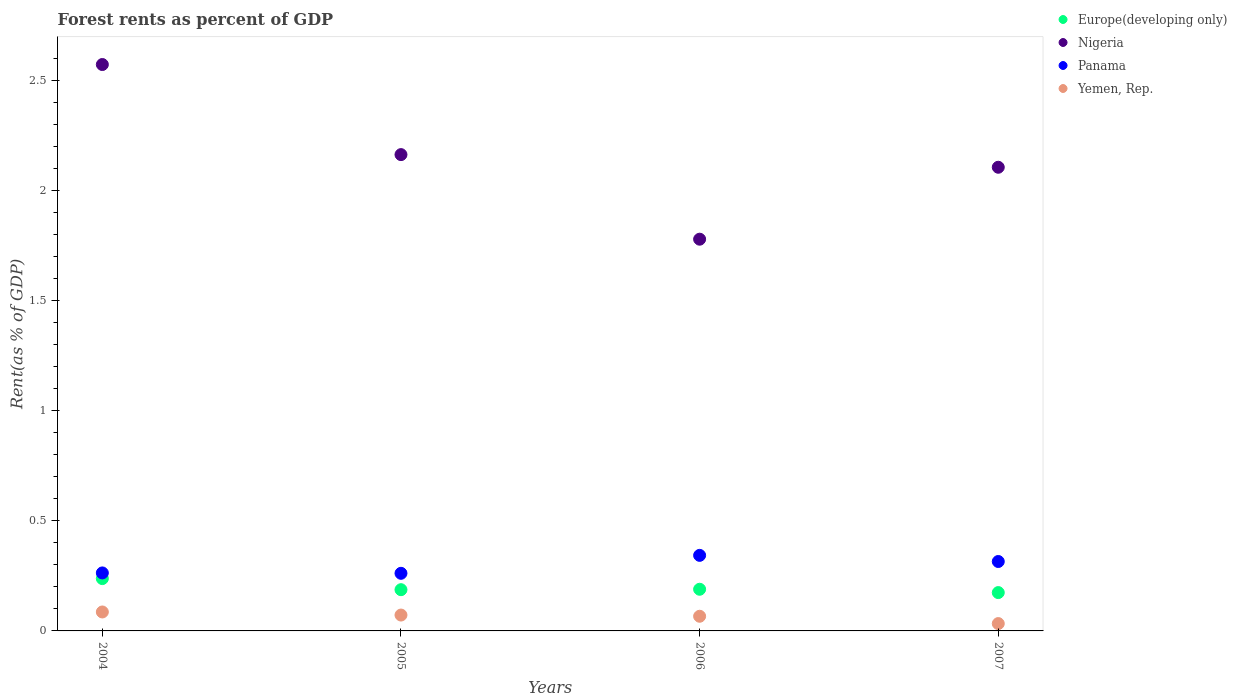
| Years | Europe(developing only) | Nigeria | Panama | Yemen, Rep. |
 | --- | --- | --- | --- | --- |
 | 2004 | 0.238 | 2.57 | 0.263 | 0.0861 |
 | 2005 | 0.187 | 2.16 | 0.262 | 0.0721 |
 | 2006 | 0.189 | 1.78 | 0.343 | 0.0666 |
 | 2007 | 0.174 | 2.11 | 0.315 | 0.0333 |